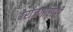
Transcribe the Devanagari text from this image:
बेरोजगारीही